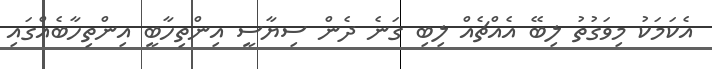
އެކަމަކު މިވަގުތު ލިބޭ އެއްޗެއް ލިބި ގަނެ ދެން ސިޔާސީ އިންތިހާބީ އިންތިހާބެއްގައި